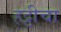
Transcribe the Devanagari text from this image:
हट्टीचा